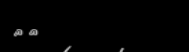
٢٢